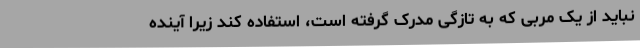
نباید از یک مربی که به تازگی مدرک گرفته است، استفاده کند زیرا آینده